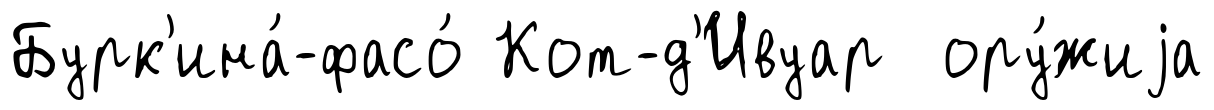
Бурк'ина́-фасо́ Кот-д'Ивуар ору́жиjа